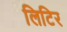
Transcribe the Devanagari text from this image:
लिटिर